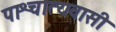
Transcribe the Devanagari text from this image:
पाश्चात्यवासी